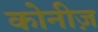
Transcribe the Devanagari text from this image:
कोनीज़